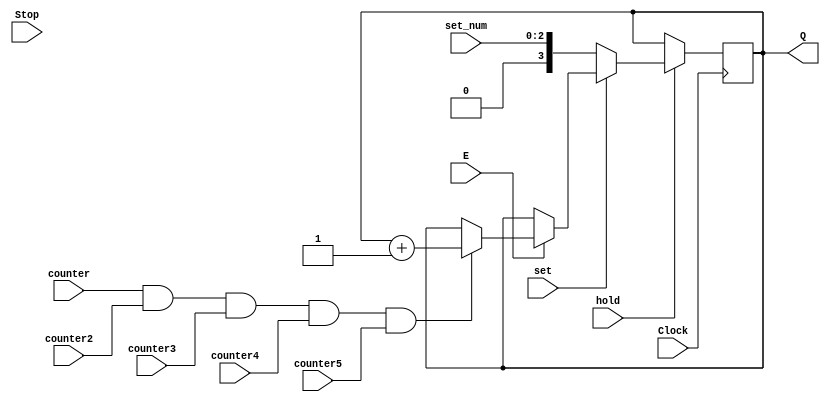
// 2nd counter for min
module smaller_counter_seg6 (Clock, Stop, counter, counter2, counter3, counter4, counter5, E, Q, set, set_num, hold);
parameter n = 4;
parameter k = 20;

input E, Clock, Stop, counter, counter2, counter3, counter4, counter5, set, hold;
input [2:0] set_num;

output [n-1:0] Q;

reg [n-1:0] Q;

always @(posedge Clock) begin
	//if KEY0 is pressed, stop counter
	if (hold == 0) begin
		Q <= Q;
		//rollover <= 0;
	end
	else if(set == 0) begin
		Q <= set_num;
	end
	else if (E == 1) begin
		//If HEX4, HEX3, HEX2, HEX1, HEX0 are 9, then increment counter
		if(counter == 1 && counter2 == 1 && counter3 == 1 && counter4 == 1 && counter5 == 1) begin
			if(Q == (k-1))
				Q <= 0;
			else
				Q <= Q + 1;
		end
	end
end

endmodule